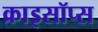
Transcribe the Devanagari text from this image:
क्राइसॉप्स